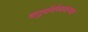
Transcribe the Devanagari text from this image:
चतुर्वर्णव्यवस्था